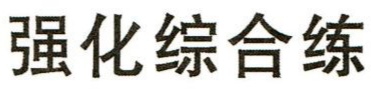
强化综合练